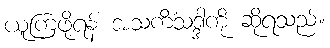
ယူကြဖို့ရန် အသကိံသဒ္ဒါကို ဆိုရသည်။